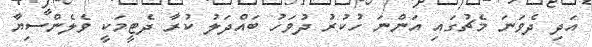
އަދި ދެވަނަ މެޗުގައި އަންނަ ހުކުރު ދުވަހު ބައްދަލު ކުރާ ދެޓީމަކީ ވެލެންސިޔާ